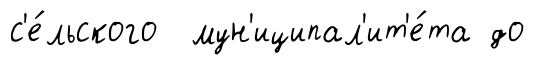
с'е́льского мун'иципал'ит'е́та до